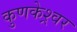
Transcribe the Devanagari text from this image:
कुणकेश्र्वर